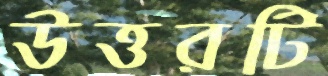
উত্তরটি